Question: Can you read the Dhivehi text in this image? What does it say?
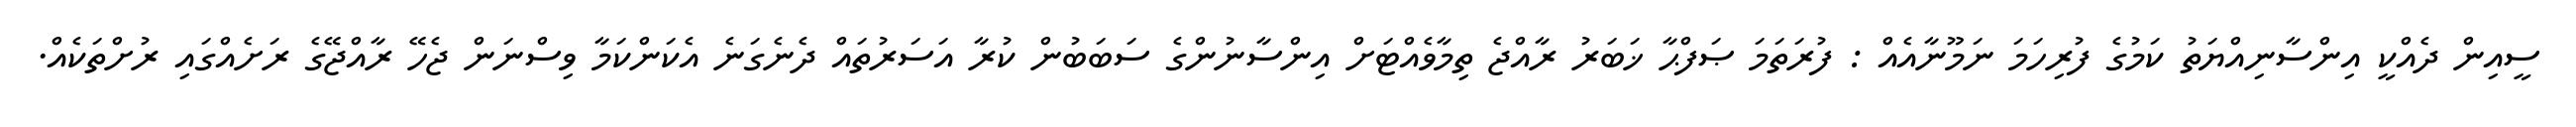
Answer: ސީއިން ދެއްކީ އިންސާނިއްޔަތު ކަމުގެ ފުރިހަމަ ނަމޫނާއެއް : ފުރަތަމަ ޞަފްޙާ ޚަބަރު ރާއްޖެ ތިމާވެއްޓަށް އިންސާނުންގެ ސަބަބުން ކުރާ އަސަރުތައް ދެނެގަނެ އެކަންކަމާ ވިސްނަން ޖެހޭ ރާއްޖޭގެ ރަށެއްގައި ރުށްތަކެއް.